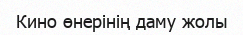
Кино өнерінің даму жолы